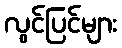
လွင်ပြင်များ